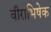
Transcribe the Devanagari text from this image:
वीराभिषेक